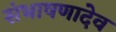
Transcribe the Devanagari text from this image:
संभाषणादेव